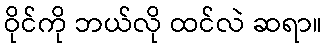
ဝိုင်ကို ဘယ်လို ထင်လဲ ဆရာ။